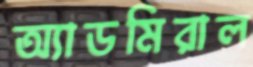
অ্যাডমিরাল